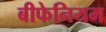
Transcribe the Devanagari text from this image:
बीफेनियम